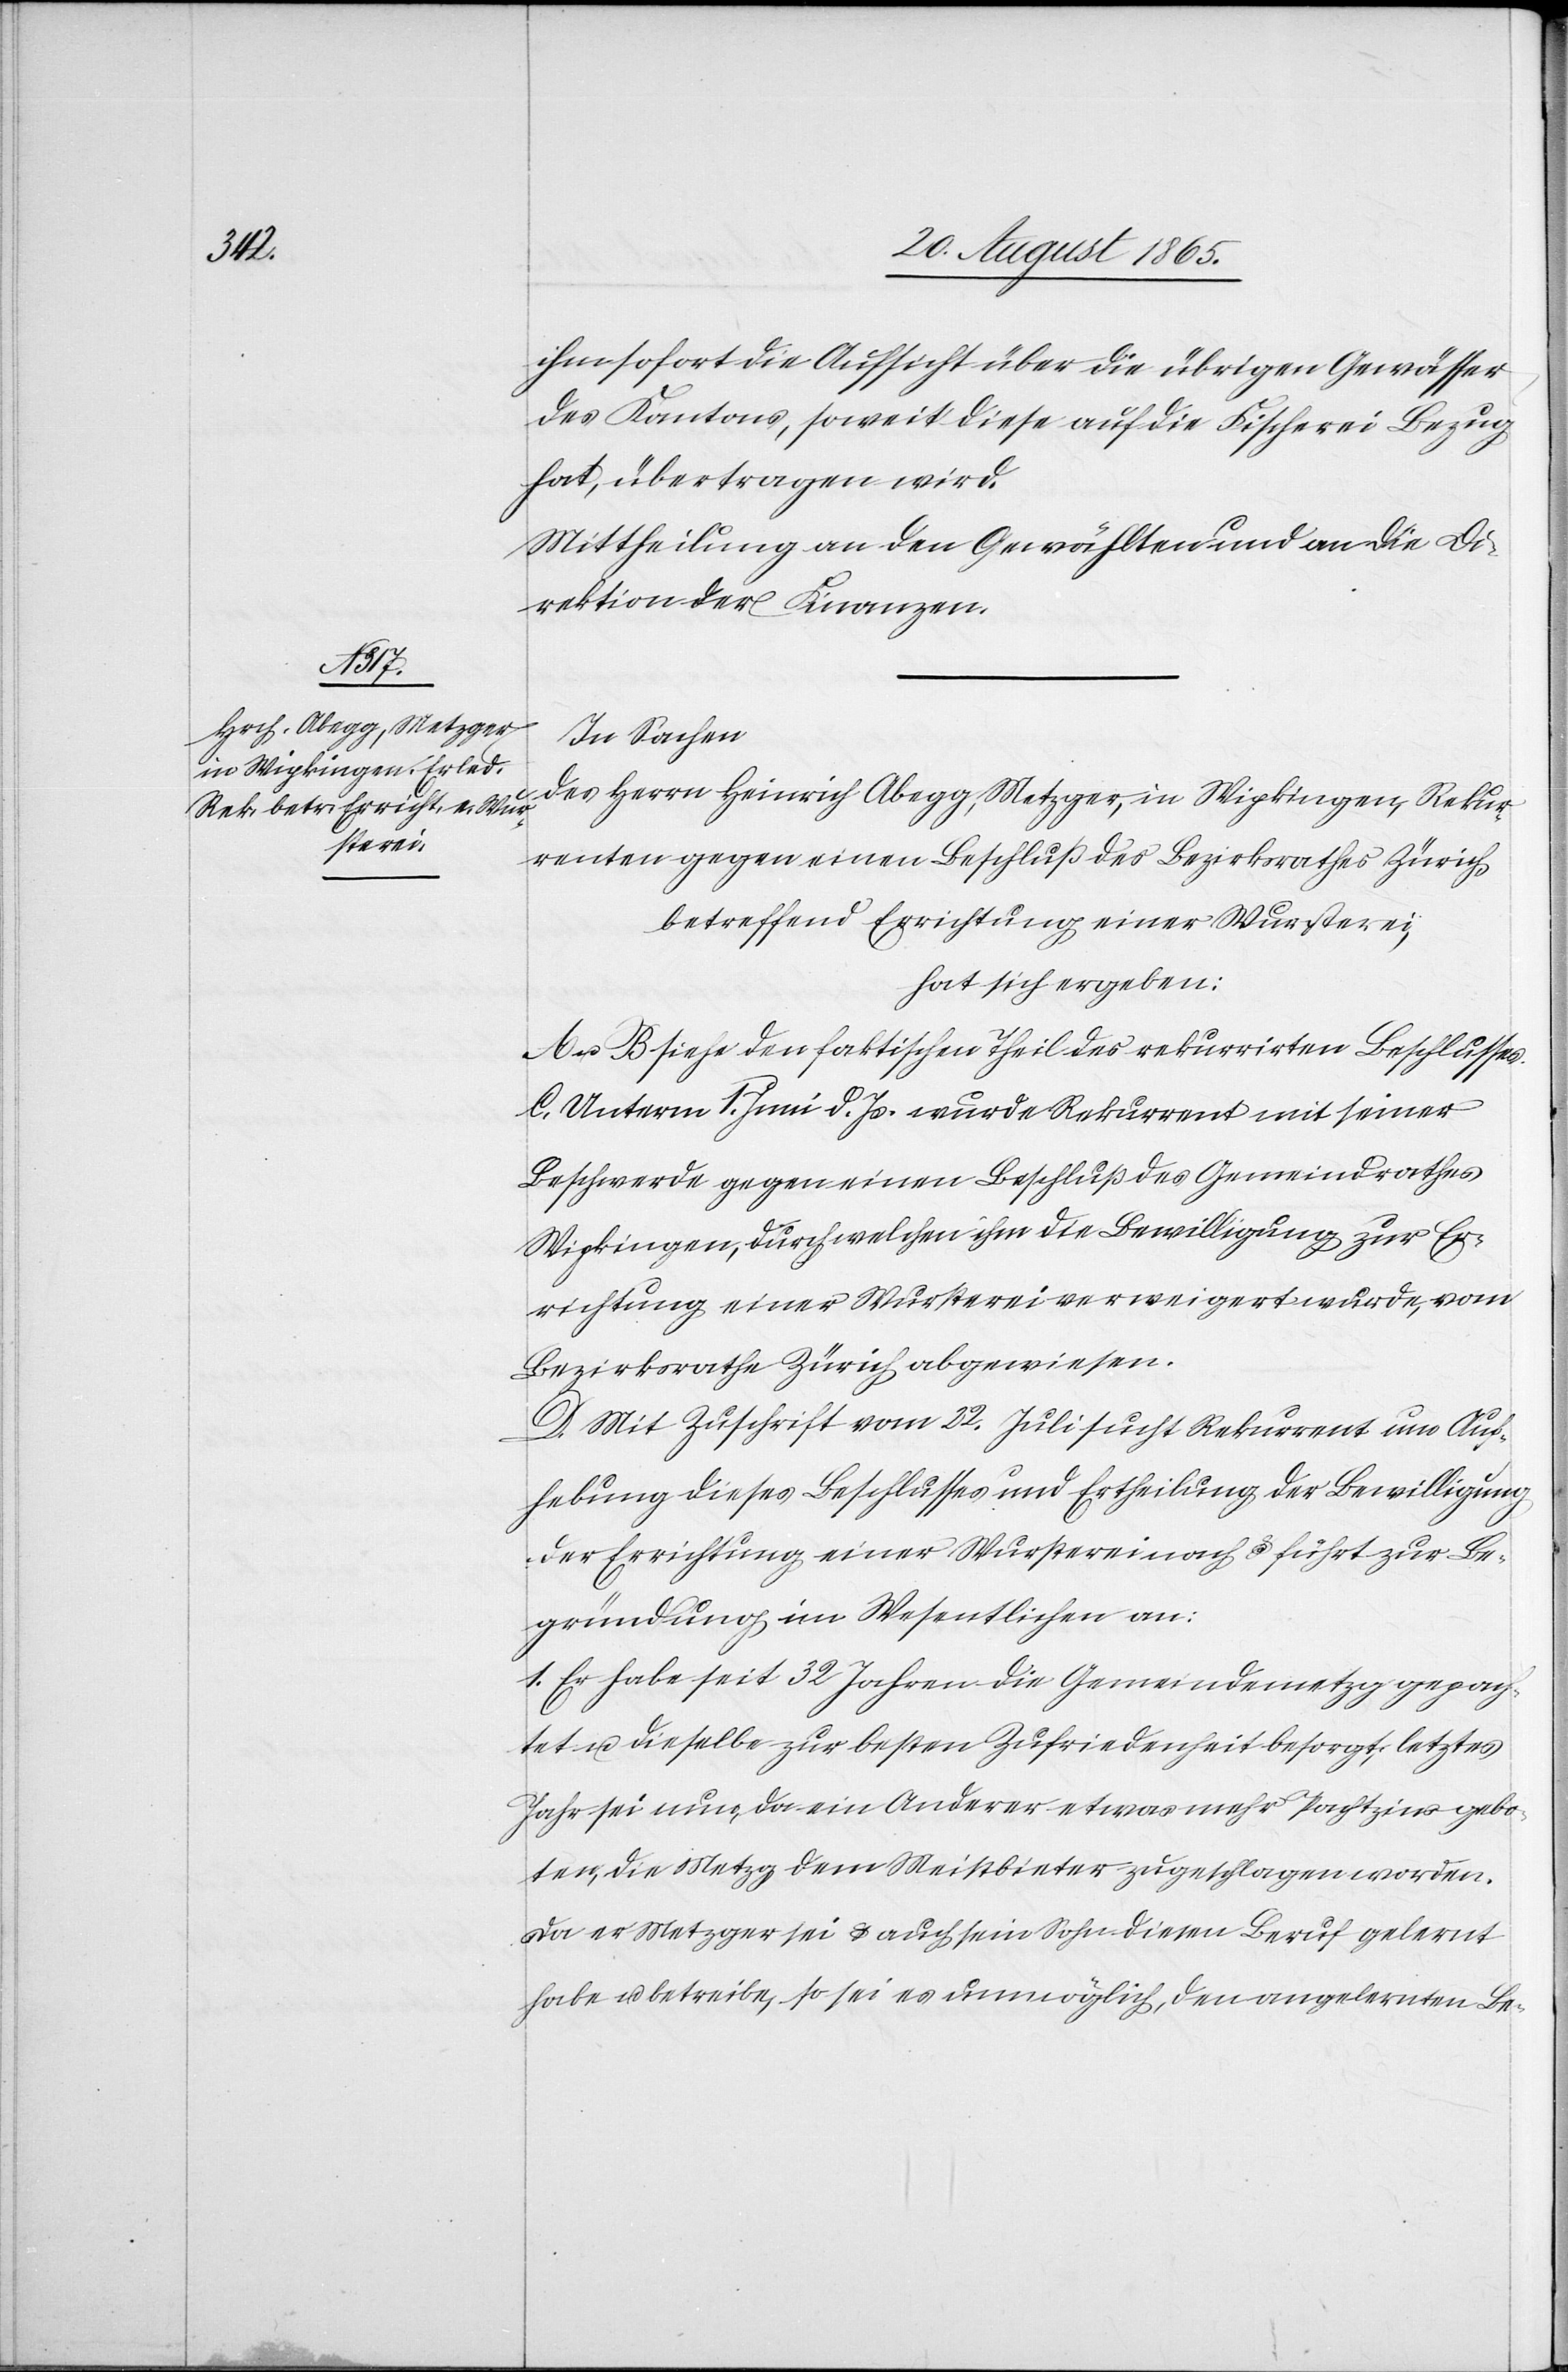
ihm sofort die Aufsicht über die übrigen Gewässer
des Kantons, soweit diese auf die Fischerei Bezug
hat, übertragen wird.
Mittheilung an den Gewählten und an die Di¬
rektion der Finanzen.
In Sachen
des Herrn Heinrich Abegg, Metzger, in Wipkingen, Rekur¬
renten gegen einen Beschluß des Bezirksrathes Zürich
betreffend Errichtung einer Wursterei,
hat sich ergeben:
A u. B siehe den faktischen Theil des rekurrirten Beschlusses.
C. Unterm 1. Juni d. Js. wurde Rekurrent mit seiner
Beschwerde gegen einen Beschluß des Gemeindrathes
Wipkingen, durch welchen ihm die Bewilligung zur Er¬
richtung einer Wursterei verweigert wurde, vom
Bezirksrathe Zürich abgewiesen.
D. Mit Zuschrift vom 22. Juli sucht Rekurrent um Auf¬
hebung dieses Beschlusses und Ertheilung der Bewilligung
der Errichtung einer Wursterei nach u. führt zur Be¬
gründung im Wesentlichen an:
1. Er habe seit 32 Jahren die Gemeindemetzg gepach¬
tet u. dieselbe zur besten Zufriedenheit besorgt, letztes
Jahr sei nun, da ein Anderer etwas mehr Pachtzins gebo¬
ten, die Metzg dem Meistbieter zugeschlagen worden.
Da er Metzger sei u. auch sein Sohn diesen Beruf gelernt
habe u. betreibe, so sei es unmöglich, den angelernten Be-